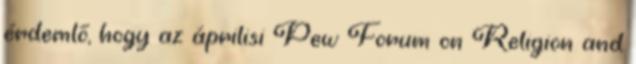
érdemlő, hogy az áprilisi Pew Forum on Religion and